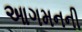
આગમનની